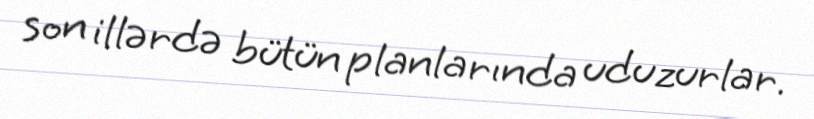
son illərdə bütün planlarında uduzurlar.